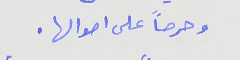
وحرصاً على اموالها .